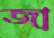
জা